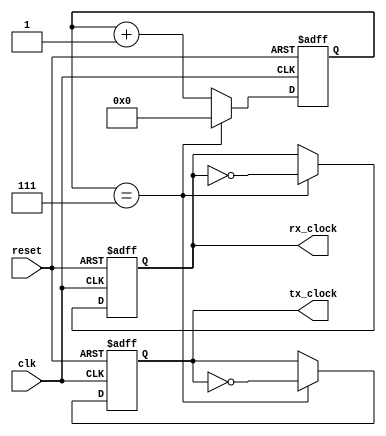
module UART_timing_control(
    input wire clk,
    input wire reset,
    output reg tx_clock,
    output reg rx_clock
);

reg [3:0] count;

always @(posedge clk or posedge reset) begin
    if (reset) begin
        count <= 4'h0;
        tx_clock <= 1'b0;
        rx_clock <= 1'b0;
    end else begin
            if (count == 4'h7) begin
                count <= 4'h0;
                tx_clock <= ~tx_clock;
                rx_clock <= ~rx_clock;
            end else begin
                count <= count + 1;
                tx_clock <= tx_clock;
                rx_clock <= rx_clock;
            end
        end
    end
endmodule